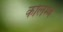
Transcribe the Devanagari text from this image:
कोलम्ब